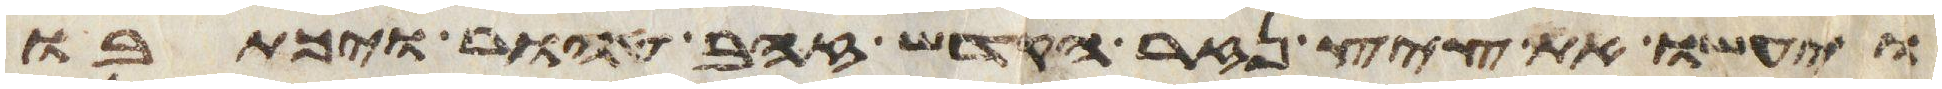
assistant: ויעשו את ציץ נזר הקדש זהב טהור ויכתבו